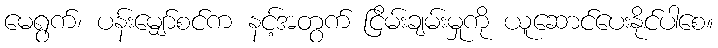
မေရွက်၊ ပန်းမျှော်စင်က နင့်အတွက် ငြိမ်းချမ်းမှုကို ယူဆောင်ပေးနိုင်ပါစေ။